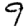
Digit: 9